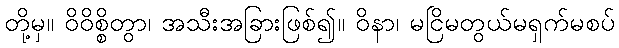
တို့မှ။ ဝိဝိစ္စိတွာ၊ အသီးအခြားဖြစ်၍။ ဝိနာ၊ မငြိမတွယ်မရှက်မစပ်